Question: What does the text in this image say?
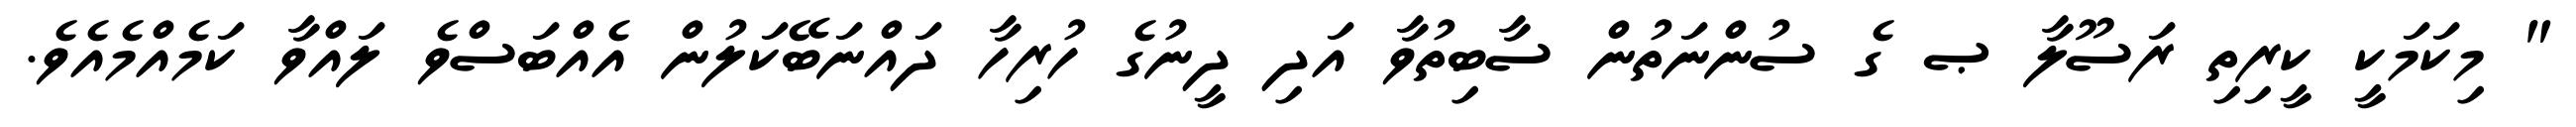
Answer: " މިކަމަކީ ކީރިތި ރަސޫލާ ޞ ގެ ސުންނަތުން ސާބިތުވާ އަދި ދީނުގެ ހުރިހާ ދައްނަބޭކަލުން އެއްބަސްވެ ލައްވާ ކަމެއްމެއެވެ.